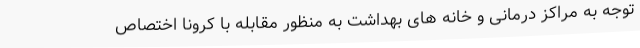
توجه به مراکز درمانی و خانه های بهداشت به منظور مقابله با کرونا اختصاص